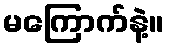
မကြောက်နဲ့။